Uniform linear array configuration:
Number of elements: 48
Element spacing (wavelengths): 0.5
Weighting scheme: binomial
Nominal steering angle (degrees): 45
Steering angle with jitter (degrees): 45.025
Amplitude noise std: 0.05
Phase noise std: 0.05

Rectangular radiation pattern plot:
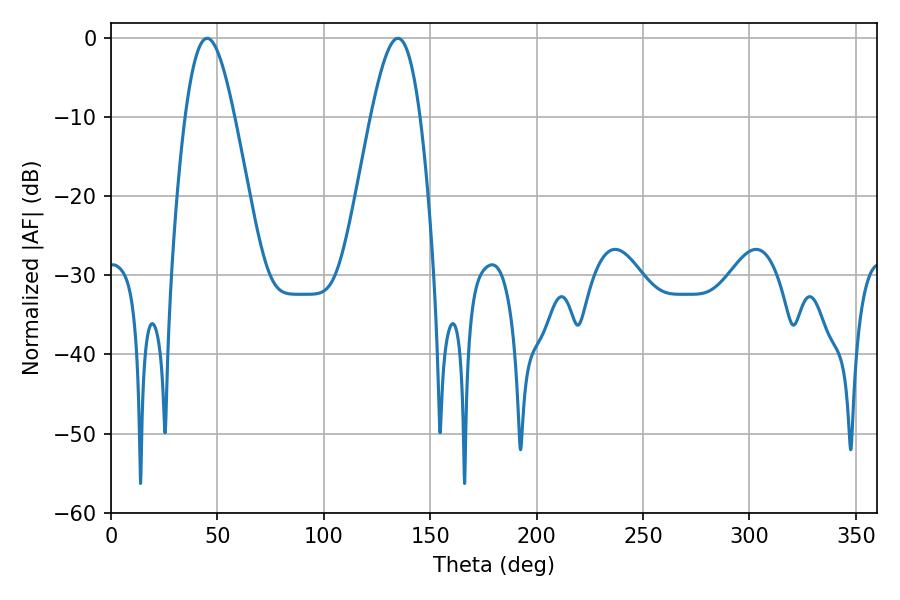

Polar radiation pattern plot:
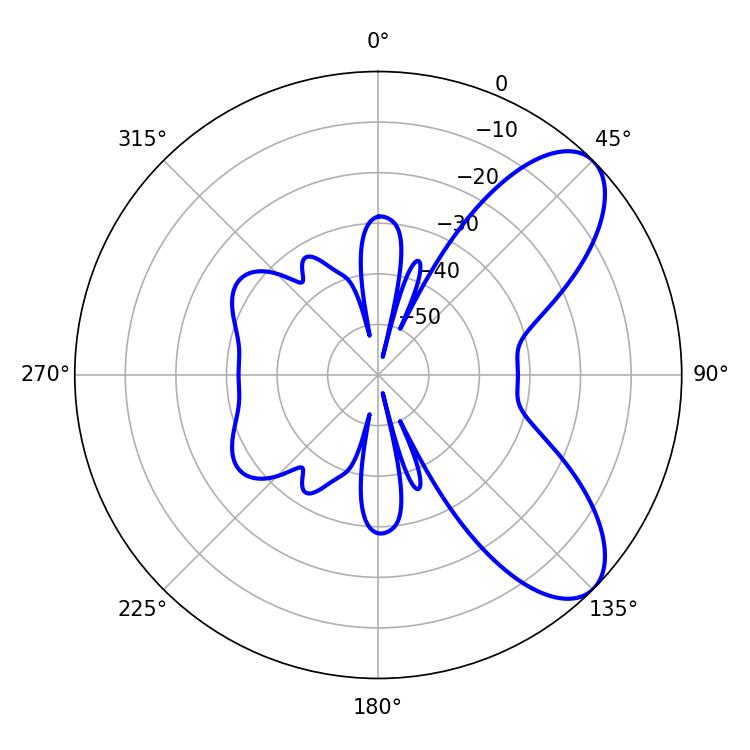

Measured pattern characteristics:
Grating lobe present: FALSE
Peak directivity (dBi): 7.72
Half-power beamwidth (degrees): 12.6
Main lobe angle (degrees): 45.18